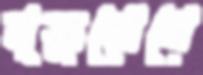
মৃত্যুরোধে